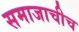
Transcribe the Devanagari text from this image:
समाजाचीच